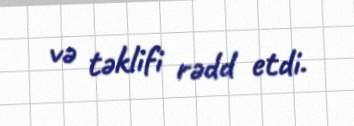
və təklifi rədd etdi.